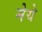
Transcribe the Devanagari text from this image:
मेये